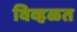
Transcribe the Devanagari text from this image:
विव्हळत